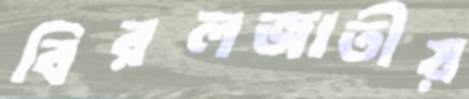
বিরলজাতীয়